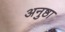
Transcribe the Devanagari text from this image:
अनुष्ठा